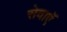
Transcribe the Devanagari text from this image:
सेवाएॅं